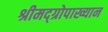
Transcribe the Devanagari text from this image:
श्रीमद्‌ग्रोपाख्यान